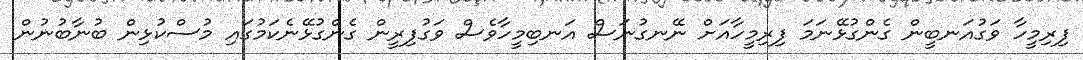
ފިރިމީހާ ވަގުއަނބީން ގެންގުޅޭނަމަ ފިރިމީހާއަށް ނޭނގުނަސް އަނބިމީހާވެސް ވަގުފިރީން ގެންގުޅޭނެކަމުގައި މުސްކުޅިން ބުނާބުނުން